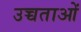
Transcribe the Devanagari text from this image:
उच्चताओं